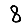
Digit: 8